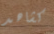
كشاهد